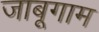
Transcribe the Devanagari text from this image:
जाबूगाम